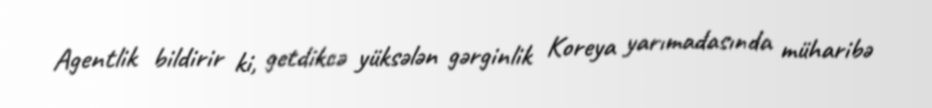
Agentlik bildirir ki, getdikcə yüksələn gərginlik Koreya yarımadasında müharibə